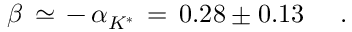
\beta \, \simeq \, - \, \alpha _ { K ^ { * } } \, = \, 0 . 2 8 \pm 0 . 1 3 \; \; \; \; \; .